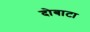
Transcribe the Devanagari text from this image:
दोबाटा